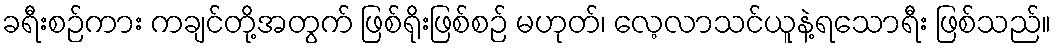
ခရီးစဉ်ကား ကချင်တို့အတွက် ဖြစ်ရိုးဖြစ်စဉ် မဟုတ်၊ လေ့လာသင်ယူနဲ့ရသောရီး ဖြစ်သည်။